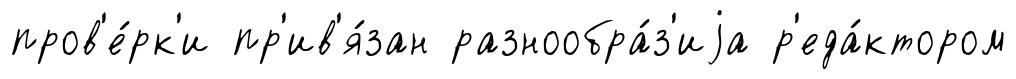
пров'е́рк'и пр'ив'я́зан разнообра́з'иjа р'еда́ктором